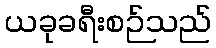
ယခုခရီးစဉ်သည်